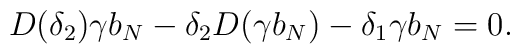
D(\delta_2) \gamma b_N - \delta_2 D(\gamma b_N) - \delta_1 \gamma b_N = 0.